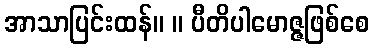
အာသာပြင်းထန်။ ။ ပီတိပါမောဇ္ဇဖြစ်စေ